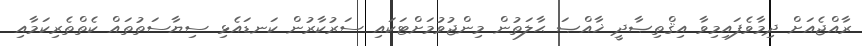
ރާއްޖެއަށް ދިމާވެފައިމިވާ އިޤްތިޞާދީ ޚާއްޞަ ޙާލަތުން މިންޖުވުމަށްޓަކައި ސަރުކާރުން ކަނޑައެޅި ސިޔާސަތުތައް ކެތްތެރިކަމާއި